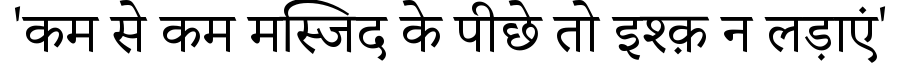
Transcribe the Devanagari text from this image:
'कम से कम मस्जिद के पीछे तो इश्क़ न लड़ाएं'